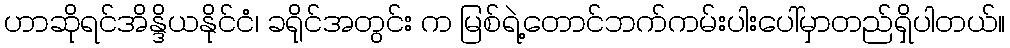
ဟာဆိုရင်အိန္ဒိယနိုင်ငံ၊ ခရိုင်အတွင်း က မြစ်ရဲ့တောင်ဘက်ကမ်းပါးပေါ်မှာတည်ရှိပါတယ်။